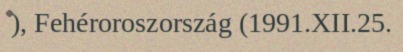
), Fehéroroszország (1991.XII.25.